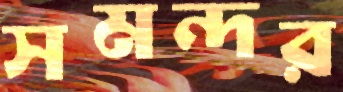
সমন্দর